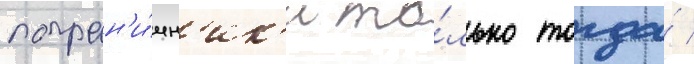
погран'и́чн'ик'и то́лько тогда́ /